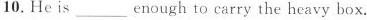
10. He is___ enough to carry the heavy box.